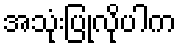
အသုံးပြုလိုပါက